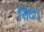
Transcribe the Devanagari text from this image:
सिदत्